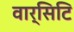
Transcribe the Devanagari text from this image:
वार्सिटि